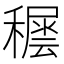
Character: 𥢘